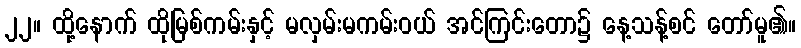
၂၂။ ထို့နောက် ထိုမြစ်ကမ်းနှင့် မလှမ်းမကမ်းဝယ် အင်ကြင်းတော၌ နေ့သန့်စင် တော်မူ၏။